Report of an investigation into the causes of the diseases known in Assam as Kála-Azár and Beri-Beri
Disease focus: Beri-Beri
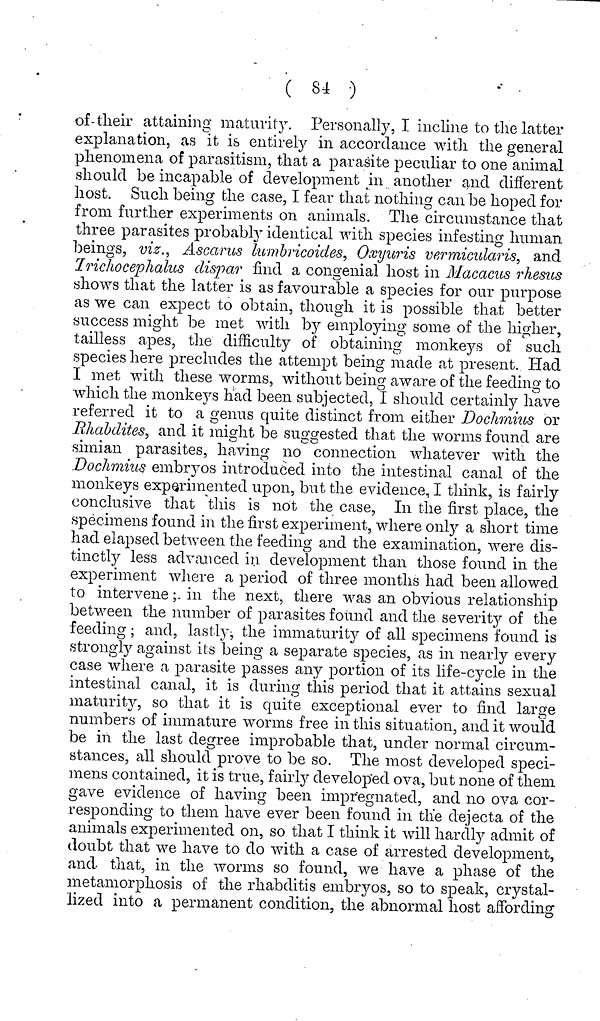
( 84 )
of-tlieir attaining maturity. Personally, I incline to the latter
explanation, as it is entirely in accordance with the general
phenomena of parasitism, that a parasite peculiar to one animal
should be incapable of development in another and different
host. Such being the case, I fear that nothing can be hoped for
from further experiments on animals. The circumstance that
three parasites probably identical with species infesting human
beings, viz., Ascarus lumbricoides, Oxyuris vermicularis, and
Irichocephalus dispar find a congenial host in Macacus rhesus
shows that the latter is as favourable a species for our purpose
as we can expect to obtain, though it is possible that better
success might be met with by employing some of the higher,
tailless apes, the difficulty of obtaining monkeys of such
species here precludes the attempt being made at present. Had
I met with these worms, without being aware of the feeding to
which the monkeys had been subjected, I should certainly have
referred it to a genus quite distinct from either Dochmius or
Rhdbdites, and it might be suggested that the worms found are
simian parasites, having no connection whatever with the
Dochmius embryos introduced into the intestinal canal of the
monkeys experimented upon, but the evidence, I think, is fairly
conclusive that this is not the case, In the first place, the
specimens found in the first experiment, where only a short time
had elapsed between the feeding and the examination, were dis-
tinctly less advanced in development than those found in the
experiment where a period of three months had been allowed
to intervene; in the next, there was an obvious relationship
between the number of parasites found and the severity of the
feeding; and, lastly j the immaturity of all specimens found is
strongly against its being a separate species, as in nearly every
case where a parasite passes any portion of its life-cycle in the
intestinal canal, it is during this period that it attains sexual
maturity, so that it is quite exceptional ever to find large
numbers of immature worms free in this situation, and it would
be in the last degree improbable that, under normal circum-
stances, all should prove to be so. The most developed speci-
mens contained, it is true, fairly developed ova, but none of them
gave evidence of having been impregnated, and no ova cor-
responding to them have ever been found in the dejecta of the
animals experimented on, so that I think it will hardly admit of
doubt that we have to do with a case of arrested development,
and that, in the worms so found, we have a phase of the
metamorphosis of the rhabditis embryos, so to speak, crystal-
lized into a permanent condition, the abnormal host affording